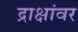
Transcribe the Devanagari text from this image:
द्राक्षांवर